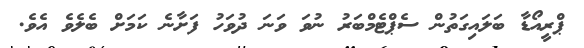
ޕްރީއޯޑާ ބަލައިގަތުން ސެޕްޓެމްބަރު ނުވަ ވަނަ ދުވަހު ފަށާނެ ކަމަށް ބެލެވެ އެވެ.